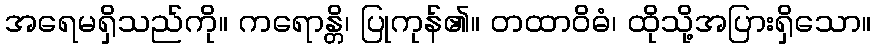
အရေမရှိသည်ကို။ ကရောန္တိ၊ ပြုကုန်၏။ တထာဝိဓံ၊ ထိုသို့အပြားရှိသော။